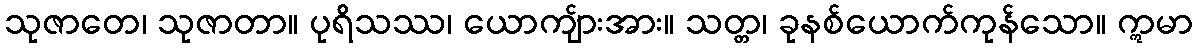
သုဇာတေ၊ သုဇာတာ။ ပုရိသဿ၊ ယောကျ်ားအား။ သတ္တ၊ ခုနစ်ယောက်ကုန်သော။ ဣမာ